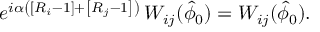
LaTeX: e ^ { i \alpha \left( \left[ R _ { i } - 1 \right] + \left[ R _ { j } - 1 \right] \right) } \, W _ { i j } ( \hat { \phi } _ { 0 } ) = W _ { i j } ( \hat { \phi } _ { 0 } ) .